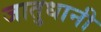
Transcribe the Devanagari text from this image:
जातुधानी